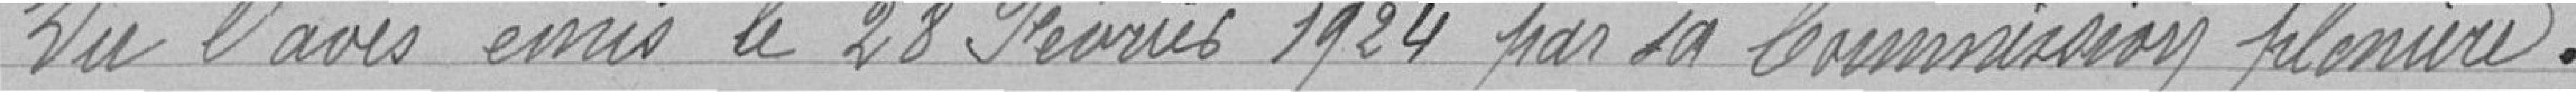
Vu l'avis émis le 28 Février 1924 par sa Commission plénière .